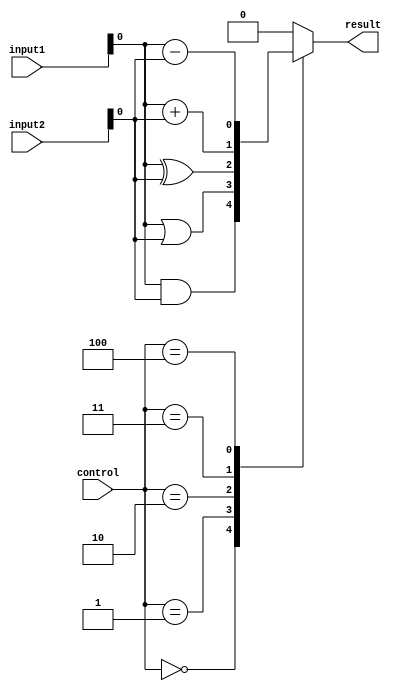
module ALU(input [1:0] input1,input [1:0] input2, input [2:0] control, output reg result);

//Functional blocks
assign and_output = input1 & input2;
assign or_output = input1 | input2;
assign xor_output = input1 ^ input2;

always @(*)
begin
    case(control)
        3'b000: result = and_output; //AND gate
        3'b001: result = or_output; //OR gate
        3'b010: result = xor_output; //XOR gate
        3'b011: result = input1 + input2; //Addition
        3'b100: result = input1 - input2; //Subtraction
        default: result = 1'b0;
    endcase
end
endmodule